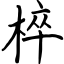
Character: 椊